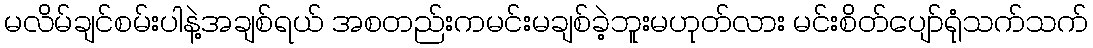
မလိမ်ချင်စမ်းပါနဲ့အချစ်ရယ် အစတည်းကမင်းမချစ်ခဲ့ဘူးမဟုတ်လား မင်းစိတ်ပျော်ရုံသက်သက်